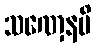
သဏှေနပိ